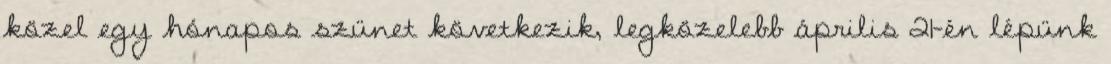
közel egy hónapos szünet következik, legközelebb április 21-én lépünk